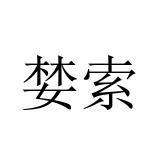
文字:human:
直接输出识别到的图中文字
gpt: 婪索